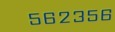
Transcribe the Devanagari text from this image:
५६२३५६